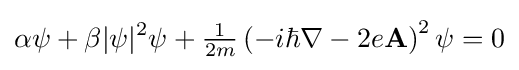
\displaystyle \alpha \psi +\beta |\psi |^{2}\psi +{\tfrac {1}{2m}}\left(-i\hbar \nabla -2e\mathbf {A} \right)^{2}\psi =0